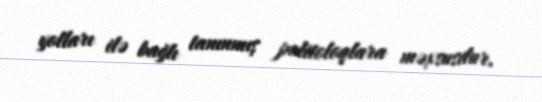
yolları ilə bağlı tanınmış politoloqlara məxsusdur.